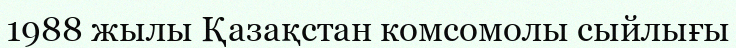
1988 жылы Қазақстан комсомолы сыйлығы